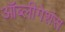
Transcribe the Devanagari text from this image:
ऑब्लीगेशंस